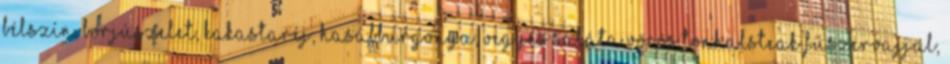
bélszín, borjúszelet, kakastaréj, hasábburgonya, vegyes saláta Vörös tonhalsteak fűszervajjal,